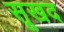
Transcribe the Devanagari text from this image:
सूखद